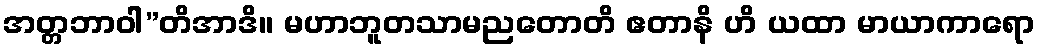
အတ္တဘာဝါ”တိအာဒိ။ မဟာဘူတသာမညတောတိ ဧတာနိ ဟိ ယထာ မာယာကာရော